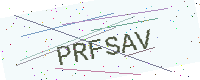
Text: PRFSAV